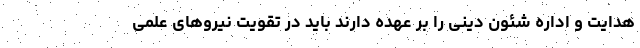
هدایت و اداره شئون دینی را بر عهده دارند باید در تقویت نیروهای علمی